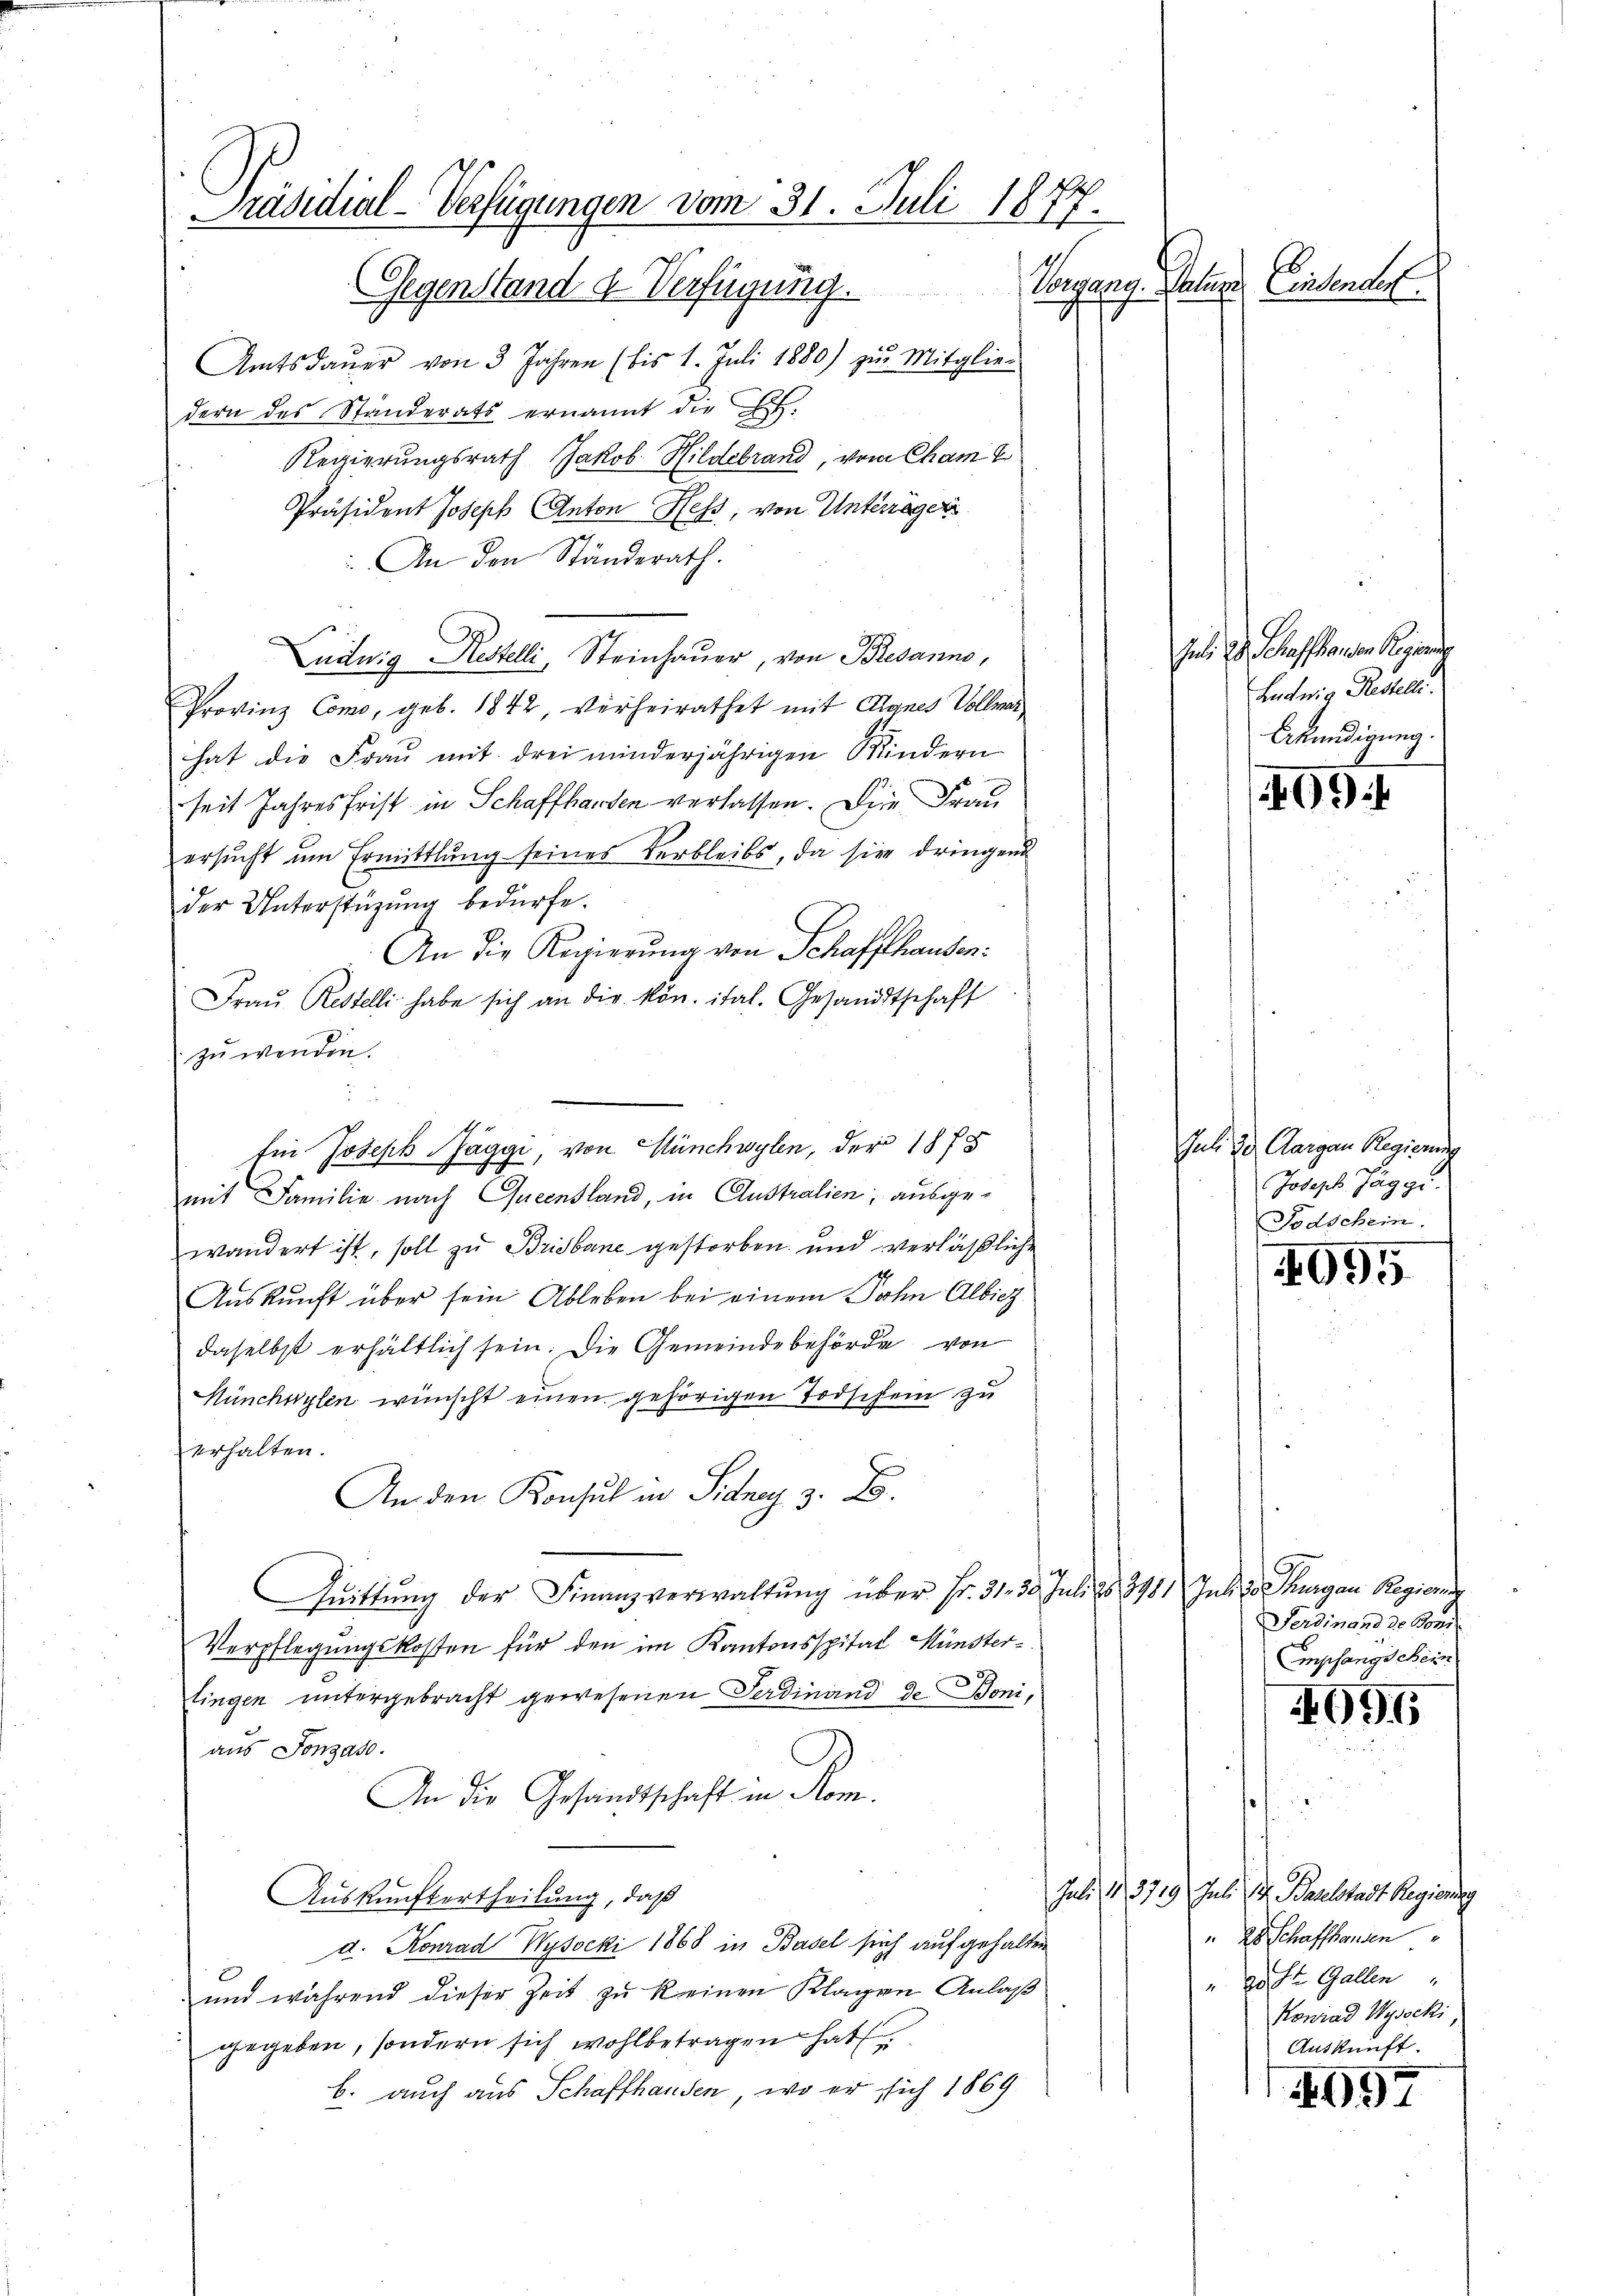
Präsidial-Verfügungen vom 31. Juli 1877.
8
Vorgangelege Einsender
Gegenstand & Verfügung.

Amtsdaŭer von 3 Jahren (bis 1. Juli 1880) zŭr Mitglie-
dern des Standerats ernannt die E.
Regierungsrath Jakob Hildebrand, vom Cham
Präsident Joseph Anton Heß, von Unteräger
An den Ständerath.
Ludwig Restelli, Steinhauer, von Bresanno,
Provinz Como, geb. 1842, verheirathet mit Agnes Vollmar
hat die Fraŭ mit drei minderjährigen Kindern
seit Jahresfrist in Schaffhausen verlassen. Die Frau
ersucht um Ermittlung seines Verbleibs, da sie dringend
der Unterstüzung bedürfe.
An die Regierung von Schaffhausen:
Frau Restelli habe sich an die kön. ital. Gesandtschaft
zu wenden.
Ein Joseph Jäggi, von Münchwylen, der 1875
mit Familie nach Queensland, in Australien; ausgewandert ist, soll zu Bridbane gestorben und verläßliche
Auskunft über sein Ableben bei einem Sohn Albicz
daselbst erhältlich sein. Die Gemeindebehörde von
Münchwylen wünscht einen gehörigen Todschein zu
erhalten.
An den Konsul in Sidney z. B.
Quittung der Finanzverwaltŭng über Fr. 31. 30. Juli d. 3481 Juli von Thurgau Regierung
Verpflegungskosten für den im Kantonsspital Münsterlingen untergebracht gewesenen Ferdinand de Boni,
aus Jonas.
An die Gesandtschaft in Rom.
Auskunftertheilung, daß
d. Konrad Wysocki 1868 in Basel sich aufgehalten
und während dieser Zeit zu keinen Klagen Anlaß
gegeben, sondern sich wohlbetragen hat.
b. auch aus Schaffhausen, wo er sich 1869

Juli d. Schaffhausen Regierung
Ludwig Restelle.
Erkundigung.

499

sub. 2. Aargau Regierung
Joseph Jäg ge¬
Todschein.

4095

Ferdinand de Bons
Empfangschein

4096

Juli d. 3729. Jul. M. Baselstadt Regierung
Abschaffhanden
gust Gallen
Konrad Wysocki
Auskunft.

4997